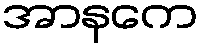
အာနကေ